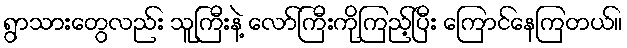
ရွာသားတွေလည်း သူကြီးနဲ့ လော်ကြီးကိုကြည့်ပြီး ကြောင်နေကြတယ်။